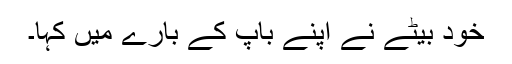
خود بیٹے نے اپنے باپ کے بارے میں کہا۔